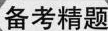
备考精题